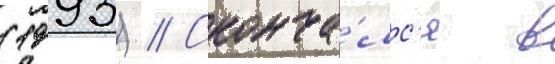
(1993) // Сконча́лс'я в